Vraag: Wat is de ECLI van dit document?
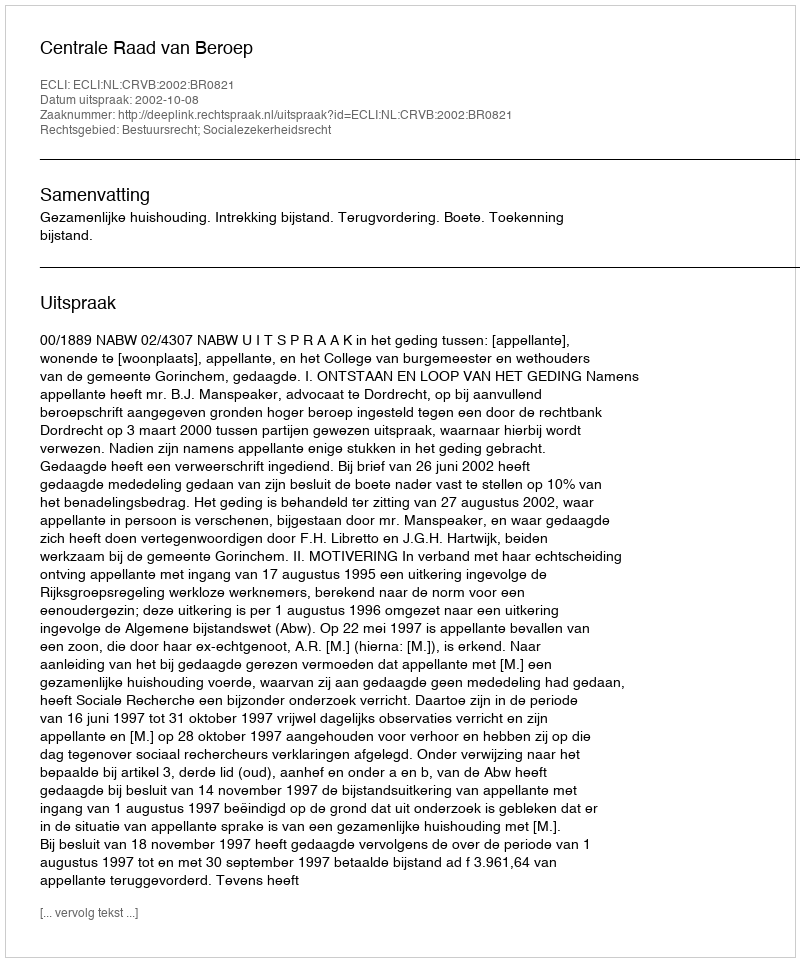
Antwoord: ECLI:NL:CRVB:2002:BR0821